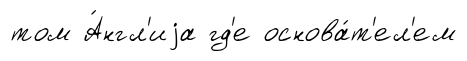
том А́нгл'иjа гд'е основа́т'ел'ем